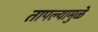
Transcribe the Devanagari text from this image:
तापल्यामुळे